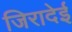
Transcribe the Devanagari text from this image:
जिरादेई